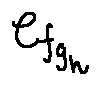
e _ { f _ { g _ { h } } }